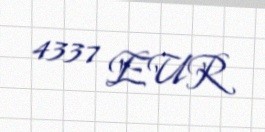
4337 EUR